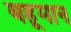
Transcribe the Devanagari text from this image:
बहूमान